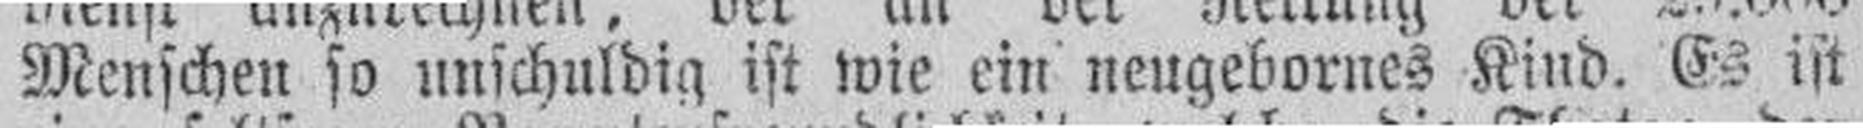
Menschen so unschuldig ist wie ein neugebornes Kind. Es ist